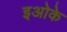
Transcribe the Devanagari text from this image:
इओके